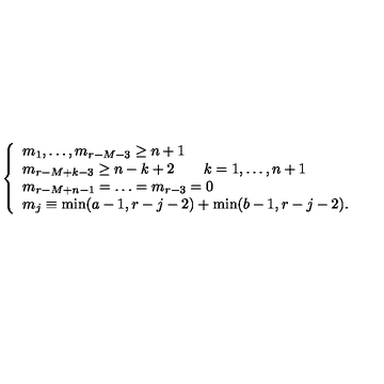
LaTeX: \left\{ \begin{array} { l } { m _ { 1 } , \ldots , m _ { r - M - 3 } \geq n + 1 } \\ { m _ { r - M + k - 3 } \geq n - k + 2 \qquad k = 1 , \ldots , n + 1 } \\ { m _ { r - M + n - 1 } = \ldots = m _ { r - 3 } = 0 } \\ { m _ { j } \equiv \min ( a - 1 , r - j - 2 ) + \min ( b - 1 , r - j - 2 ) . } \\ \end{array} \right.